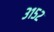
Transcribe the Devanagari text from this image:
३१५२